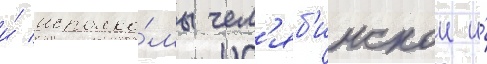
и́ исполко́мы чел'яб'инскои и́